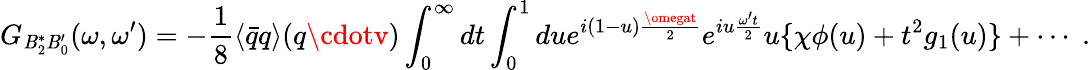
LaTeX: G_{\mathit{B}_{2}^{*}\mathit{B}_{0}^{\prime}}(\omega,\omega^{\prime})=-{\frac{{1}}{{8}}}\langle{\bar{{q}}}q\rangle(q\cdotv)\int_{0}^{\infty}dt\int_{0}^{1}due^{i(1-u){\frac{{\omegat}}{{2}}}}e^{iu{\frac{{\omega^{\prime}t}}{{2}}}}u\{ \chi\phi(u)+t^{2}g_{1}(u)\} +\cdots\; .